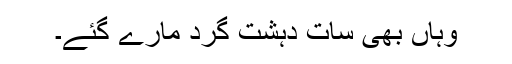
وہاں بھی سات دہشت گرد مارے گئے۔